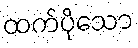
ထက်ပိုသော